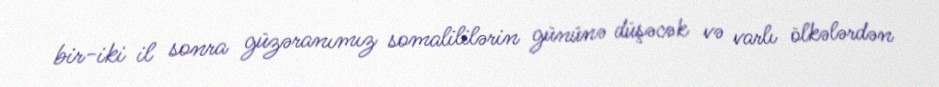
bir-iki il sonra güzəranımız somalililərin gününə düşəcək və varlı ölkələrdən